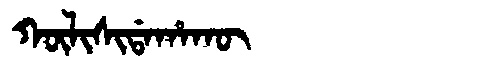
Manchu: ᡴᡡᠯᡳᠰᡳᡩᠠᡥᠠᡴᡡ
Romanization: KŪLISIDAHAKŪ